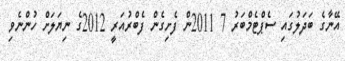
އޭނާގެ ބަދަލުގައި ސެޕްޓެމްބަރު 7 2011ން ފެށިގެން ފެބްރުއަރީ 2012ގެ ނިޔަލަށް ހުންނެވި